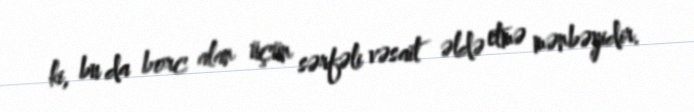
ki, bu da borc alan üçün sərfəli vəsait əldə etmə mənbəyidir.